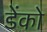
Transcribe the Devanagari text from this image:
डेंको